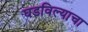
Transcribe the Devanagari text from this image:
घडविल्याचा